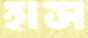
হাস